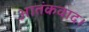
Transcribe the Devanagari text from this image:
आतंकवाद।